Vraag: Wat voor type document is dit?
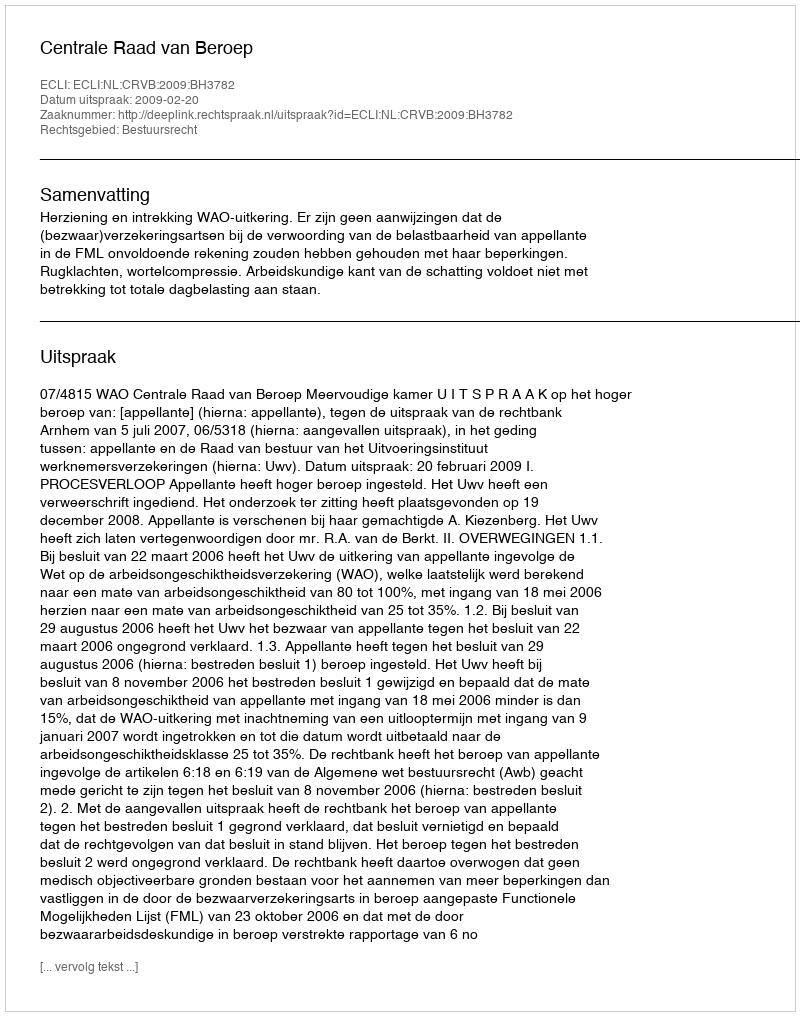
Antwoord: Uitspraak